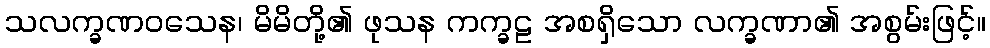
သလက္ခဏဝသေန၊ မိမိတို့၏ ဖုသန ကက္ခဠ အစရှိသော လက္ခဏာ၏ အစွမ်းဖြင့်။